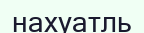
нахуатль